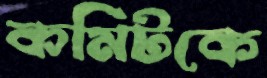
কমিটকে